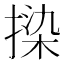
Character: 𫽦